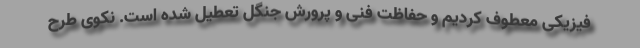
فیزیکی معطوف کردیم و حفاظت فنی و پرورش جنگل تعطیل شده است. نکوی طرح